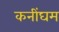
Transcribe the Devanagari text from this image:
कनींघम